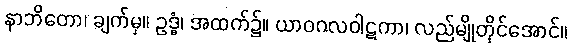
နာဘိတော၊ ချက်မှ။ ဥဒ္ဓံ၊ အထက်၌။ ယာဝဂလဝါဋကာ၊ လည်မျိုတိုင်အောင်။